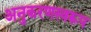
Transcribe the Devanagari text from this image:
अनुकरणस्वरूप